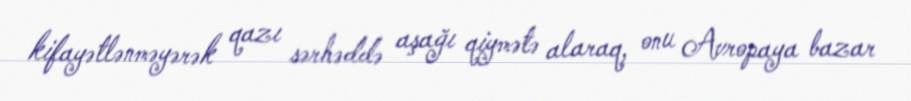
kifayətlənməyərək qazı sərhəddə aşağı qiymətə alaraq, onu Avropaya bazar